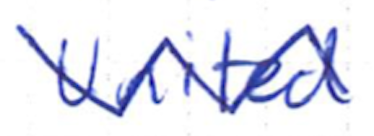
Text: United
Cross-out: zig-zag
Writing tool: ballpoint